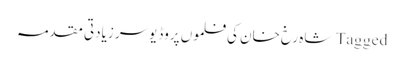
Tagged شاہ رخ خان کی فلموں پروڈیوسر زیادتی مقدمہ